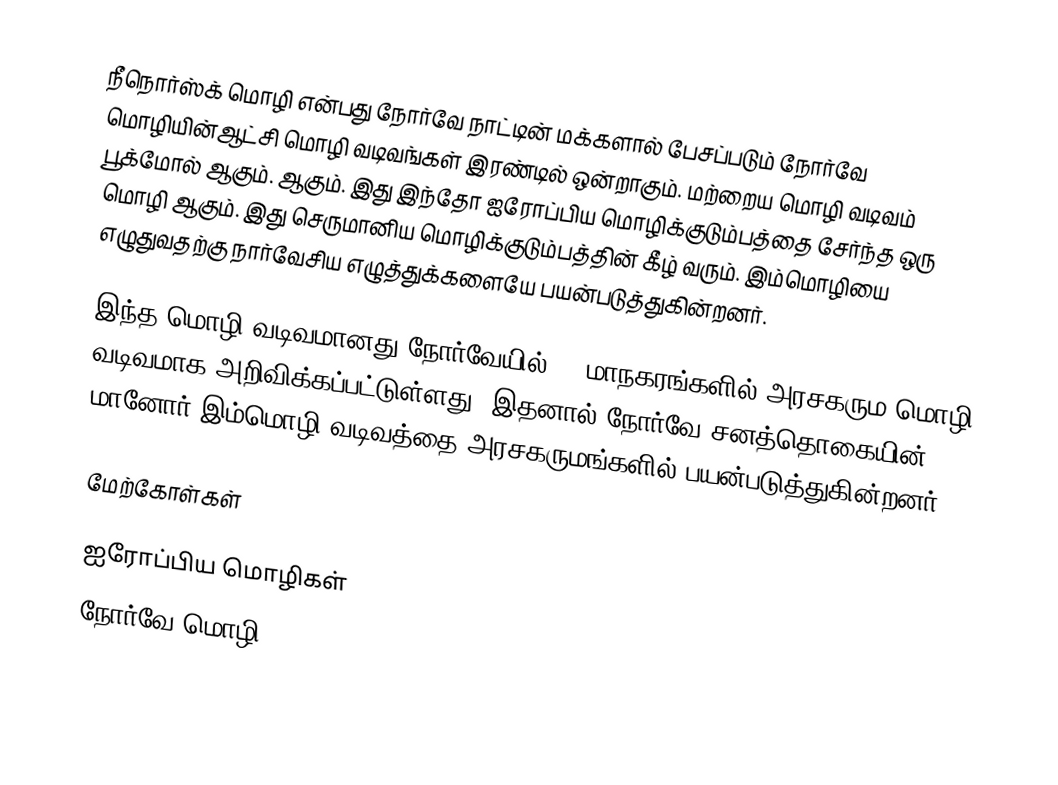
நீநொர்ஸ்க் மொழி என்பது நோர்வே நாட்டின் மக்களால் பேசப்படும் நோர்வே மொழியின்ஆட்சி மொழி வடிவங்கள் இரண்டில் ஒன்றாகும். மற்றைய மொழி வடிவம் பூக்மோல் ஆகும். ஆகும். இது இந்தோ ஐரோப்பிய மொழிக்குடும்பத்தை சேர்ந்த ஒரு மொழி ஆகும். இது செருமானிய மொழிக்குடும்பத்தின் கீழ் வரும். இம்மொழியை எழுதுவதற்கு நார்வேசிய எழுத்துக்களையே பயன்படுத்துகின்றனர்.

இந்த மொழி வடிவமானது நோர்வேயில் 27 மாநகரங்களில் அரசகரும மொழி வடிவமாக அறிவிக்கப்பட்டுள்ளது. இதனால் நோர்வே சனத்தொகையின் 12 % மானோர் இம்மொழி வடிவத்தை அரசகருமங்களில் பயன்படுத்துகின்றனர்.

மேற்கோள்கள்

ஐரோப்பிய மொழிகள்
நோர்வே மொழி